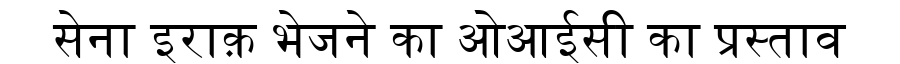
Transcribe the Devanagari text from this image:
सेना इराक़ भेजने का ओआईसी का प्रस्ताव